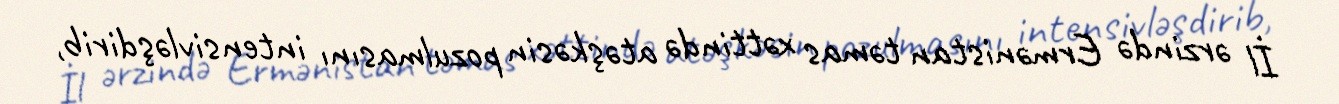
İl ərzində Ermənistan təmas xəttində atəşkəsin pozulmasını intensivləşdirib,